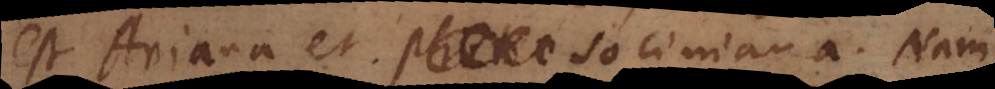
est Ariana et Photi Sociniana. Nam